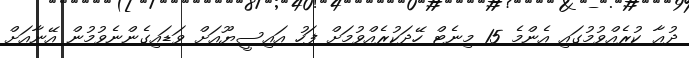
ދުޢާ ކުރެއްވުމުގައި އެންމެ 15 މިނެޓް ހޭދަކުރެއްވުމަށް ފަހު އައިސީޔޫއަށް ވަޑައިގެންނެވުމުން އޭނާއަށް